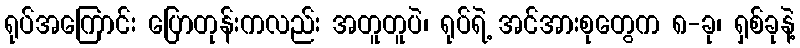
ရုပ်အကြောင်း ပြောတုန်းကလည်း အတူတူပဲ၊ ရုပ်ရဲ့ အင်အားစုတွေက ၈-ခု၊ ရှစ်ခုနဲ့